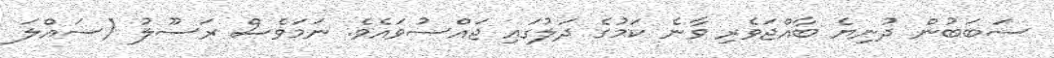
ސަބަބުން ދުނިޔެ ބާއްޖަވެރި ވާނެ ކަމުގެ ދަލުގައި ޖައްސުވައެވެ. ނަމަވެސް ރަސޫލު (ސައްލަ